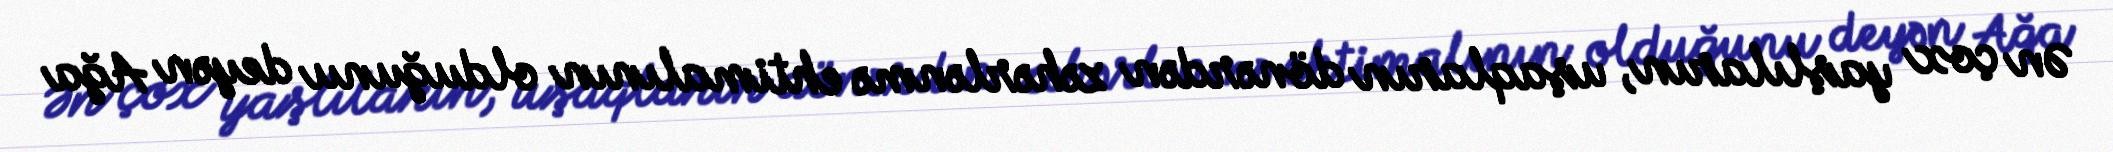
Ən çox yaşlıların, uşaqların dönərdən zəhərlənmə ehtimalının olduğunu deyən Ağa